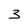
Character: 3